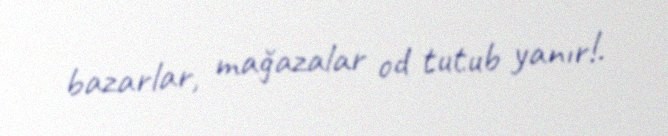
bazarlar, mağazalar od tutub yanır!.